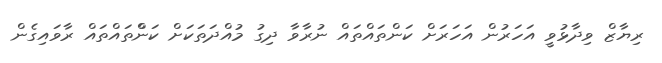
ރިޔާޒް ވިދާޅުވީ އަހަރުން އަހަރަށް ކަންތައްތައް ނުރާވާ ދިގު މުއްދަތަކަށް ކަންްތައްތައް ރާވައިގެން